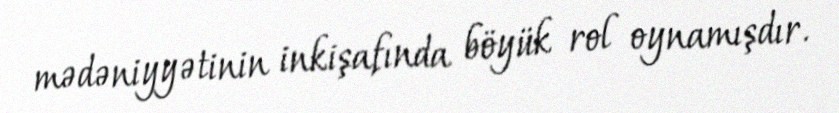
mədəniyyətinin inkişafında böyük rol oynamışdır.